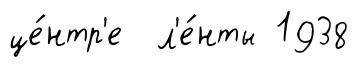
це́нтр'е л'е́нты 1938